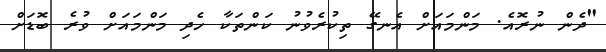
"ދެން ނުރޮއެ. މަންމައަށް އެނގޭ ތިކުރެވުނު ކަންތަކާ ހެދި މަންމައަށް ވުރެ ބޮޑަށް